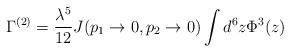
\begin{align*}\Gamma^{(2)}=\frac{\lambda^5}{12}J(p_1\rightarrow 0,p_2\rightarrow 0)\int d^6z\Phi^3(z)\end{align*}